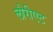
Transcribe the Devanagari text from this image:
लौरीएट